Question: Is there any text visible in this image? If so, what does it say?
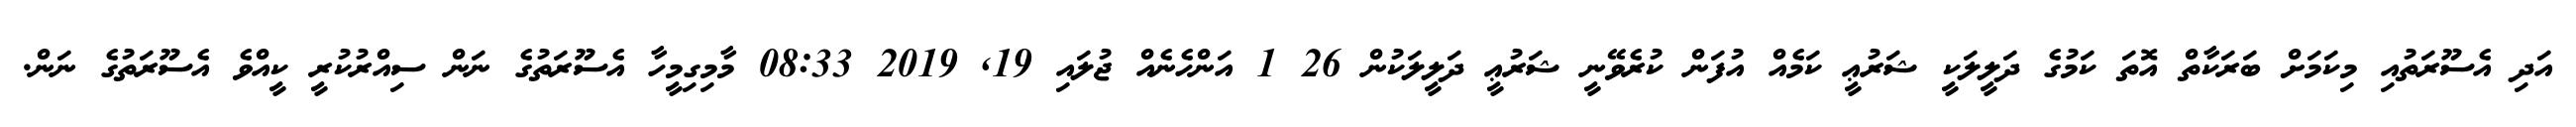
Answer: އަދި އެސޫރަތުއި މިކަމަށް ބަރަކާތް އޮތަ ކަމުގެ ދަލީލަކީ ޝަރުޢީ ކަމެއް އުފަން ކުރެވޭނީ ޝަރުޢީ ދަލީލަކުން 26 1 އަންހެނެއް ޖުލައި 19, 2019 08:33 މާމިގިމީހާ އެސޫރަތުގެ ނަން ސިއްރުކުރީ ކީއްވެ އެސޫރަތުގެ ނަން.